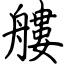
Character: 艛